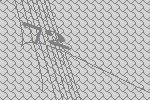
72